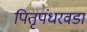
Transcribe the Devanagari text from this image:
पितृपंधरवडा